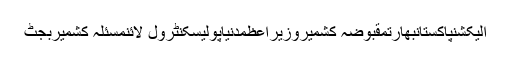
الیکشنپاکستانبھارتمقبوضہ کشمیروزیراعظمدنیاپولیسکنٹرول لائنمسئلہ کشمیربجٹ